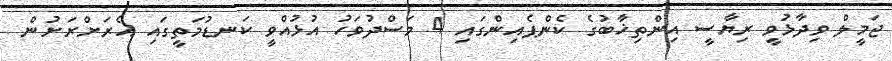
ޖަމީލް ވިދާޅުވީ ރިޔާސީ އިންތިޚާބުގެ ކެންޕެއިންގައި 4 މަސްދުވަހު އުޅުއްވީ ކަނޑުމަތީގައި އެރަށްރަށުން